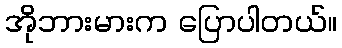
အိုဘားမားက ပြောပါတယ်။